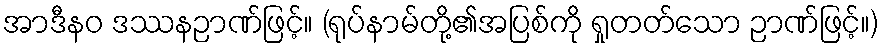
အာဒီနဝ ဒဿနဉာဏ်ဖြင့်။ (ရုပ်နာမ်တို့၏အပြစ်ကို ရှုတတ်သော ဉာဏ်ဖြင့်။)